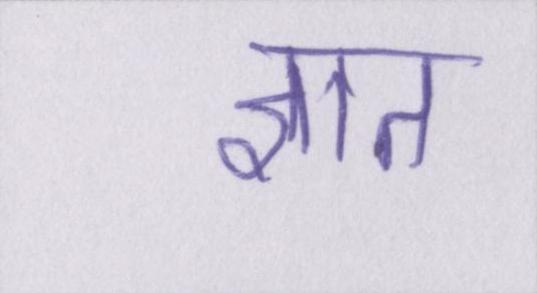
ज्ञात